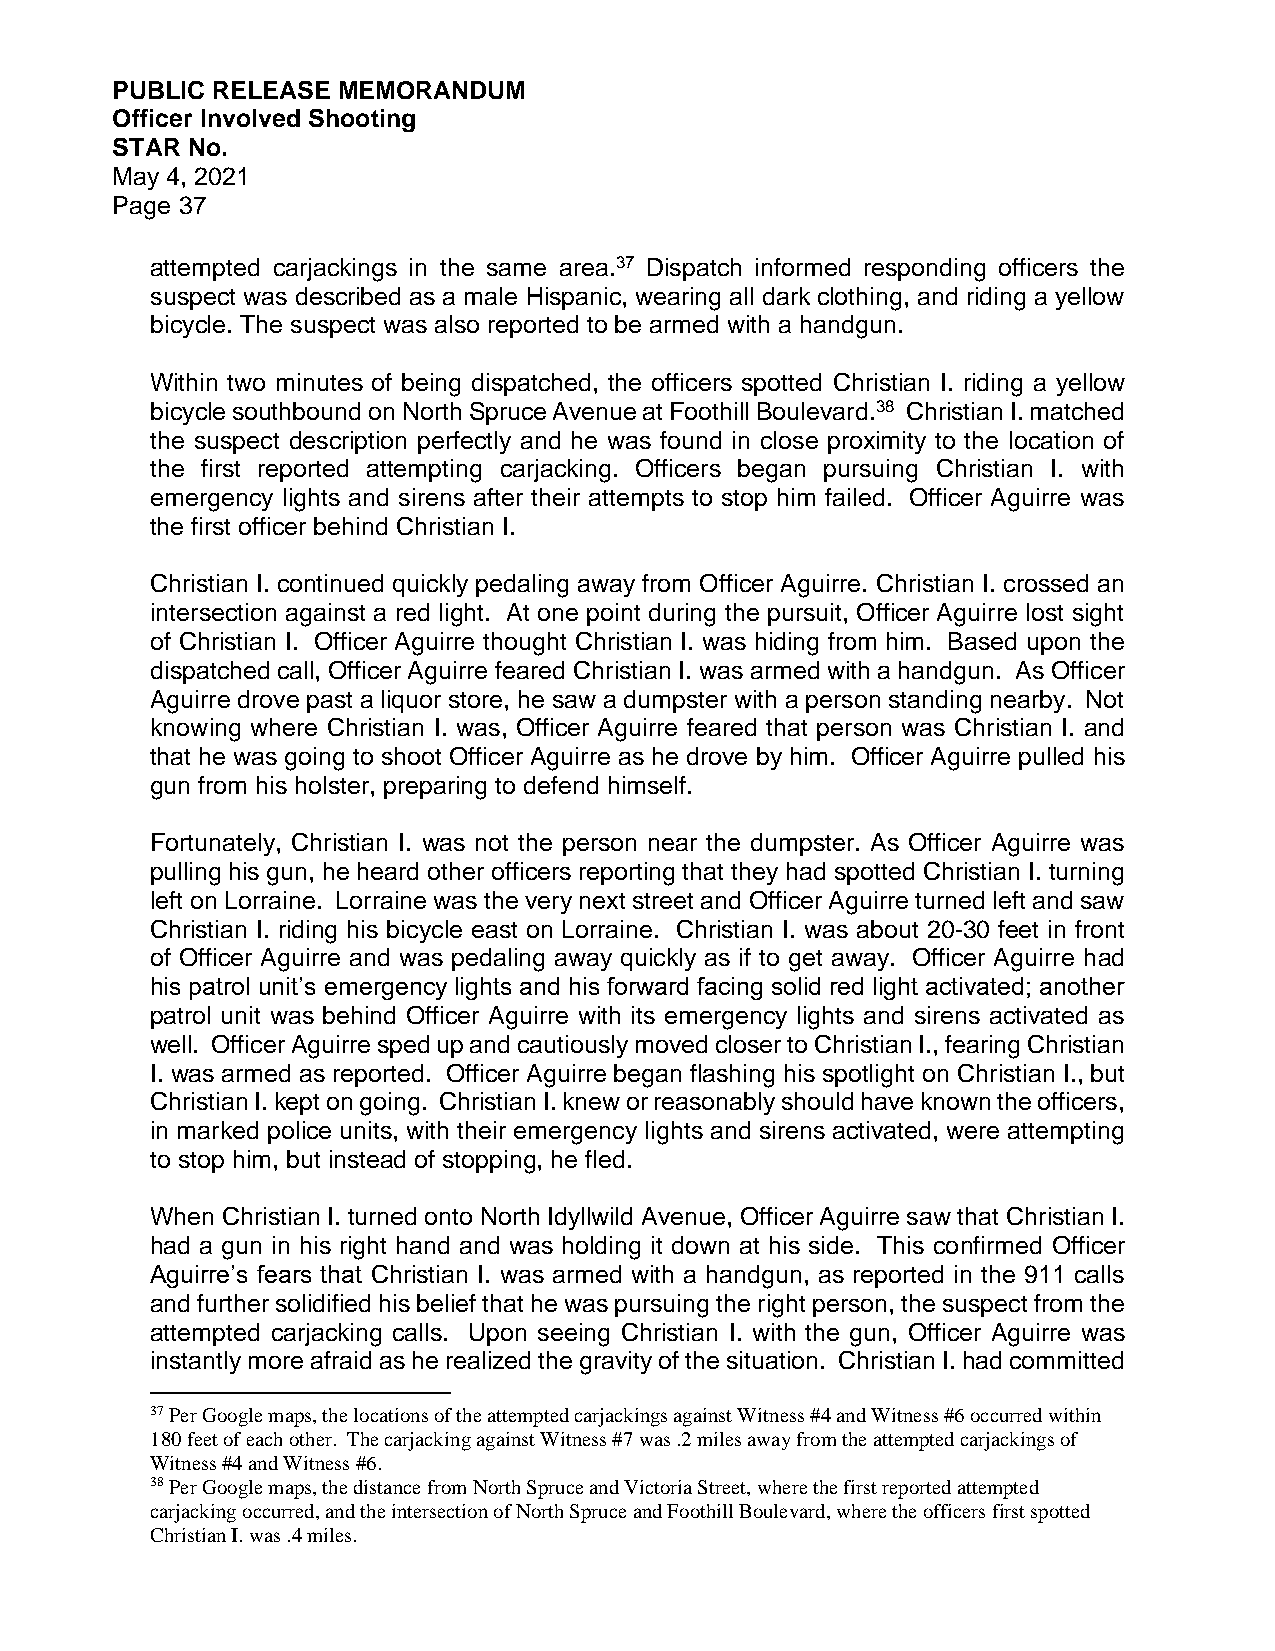
PUBLIC RELEASE MEMORANDUM
 Officer Involved Shooting
 STAR No.
 May 4, 2021
 Page 37
 attempted carjackings in the same area.37 Dispatch informed responding officers the
 suspect was described as a male Hispanic, wearing all dark clothing, and riding a yellow
 bicycle. The suspect was also reported to be armed with a handgun.
 Within two minutes of being dispatched, the officers spotted Christian I. riding a yellow
 bicycle southbound on North Spruce Avenue at Foothill Boulevard.38 Christian I. matched
 the suspect description perfectly and he was found in close proximity to the location of
 the first reported attempting carjacking. Officers began pursuing Christian I. with
 emergency lights and sirens after their attempts to stop him failed. Officer Aguirre was
 the first officer behind Christian I.
 Christian I. continued quickly pedaling away from Officer Aguirre. Christian I. crossed an
 intersection against a red light. At one point during the pursuit, Officer Aguirre lost sight
 of Christian I. Officer Aguirre thought Christian I. was hiding from him. Based upon the
 dispatched call, Officer Aguirre feared Christian I. was armed with a handgun. As Officer
 Aguirre drove past a liquor store, he saw a dumpster with a person standing nearby. Not
 knowing where Christian I. was, Officer Aguirre feared that person was Christian I. and
 that he was going to shoot Officer Aguirre as he drove by him. Officer Aguirre pulled his
 gun from his holster, preparing to defend himself.
 Fortunately, Christian I. was not the person near the dumpster. As Officer Aguirre was
 pulling his gun, he heard other officers reporting that they had spotted Christian I. turning
 left on Lorraine. Lorraine was the very next street and Officer Aguirre turned left and saw
 Christian I. riding his bicycle east on Lorraine. Christian I. was about 20-30 feet in front
 of Officer Aguirre and was pedaling away quickly as if to get away. Officer Aguirre had
 his patrol unit’s emergency lights and his forward facing solid red light activated; another
 patrol unit was behind Officer Aguirre with its emergency lights and sirens activated as
 well. Officer Aguirre sped up and cautiously moved closer to Christian I., fearing Christian
 I. was armed as reported. Officer Aguirre began flashing his spotlight on Christian I., but
 Christian I. kept on going. Christian I. knew or reasonably should have known the officers,
 in marked police units, with their emergency lights and sirens activated, were attempting
 to stop him, but instead of stopping, he fled.
 When Christian I. turned onto North Idyllwild Avenue, Officer Aguirre saw that Christian I.
 had a gun in his right hand and was holding it down at his side. This confirmed Officer
 Aguirre’s fears that Christian I. was armed with a handgun, as reported in the 911 calls
 and further solidified his belief that he was pursuing the right person, the suspect from the
 attempted carjacking calls. Upon seeing Christian I. with the gun, Officer Aguirre was
 instantly more afraid as he realized the gravity of the situation. Christian I. had committed
 37 Per Google maps, the locations of the attempted carjackings against Witness #4 and Witness #6 occurred within
 180 feet of each other. The carjacking against Witness #7 was .2 miles away from the attempted carjackings of
 Witness #4 and Witness #6.
 38 Per Google maps, the distance from North Spruce and Victoria Street, where the first reported attempted
 carjacking occurred, and the intersection of North Spruce and Foothill Boulevard, where the officers first spotted
 Christian I. was .4 miles.